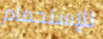
للإستحمام